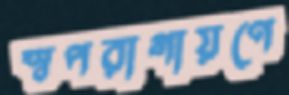
স্বপরাগায়ণে